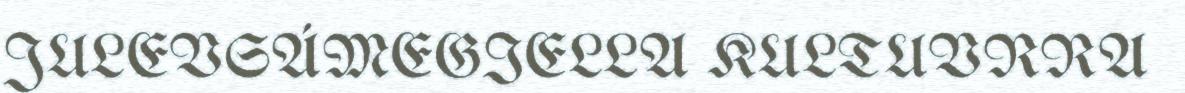
JULEVSÁMEGIELLA KULTUVRRA